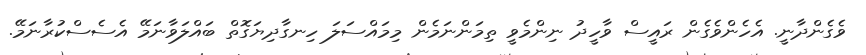
ވެގެންދާނީ. އެހެންވެގެން ރައީސް ވާހީދު ނިންމެވީ ތިމަންނަމެން މިމައްސަލަ ހިނގާދިޔަގޮތް ބައްލަވާނަމޭ އެސެސްކުރާނަމޭ.